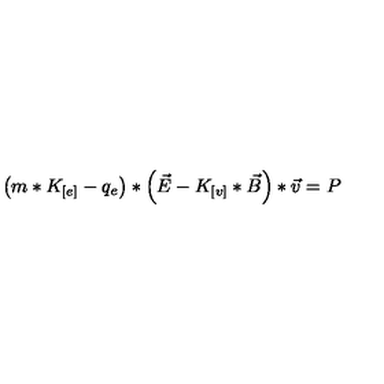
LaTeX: \left( m * K _ { [ e ] } - q _ { e } \right) * \left( \vec { E } - K _ { [ v ] } * \vec { B } \right) * \vec { v } = P